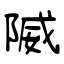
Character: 隇